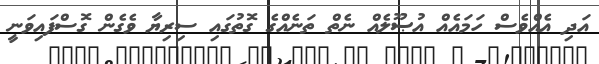
އަދި އެއްވެސް ހަމައެއް އުޞޫލެއް ނެތް ތަނެއްގެ ގޮތުގައި ސިރިޔާ ވެގެން ގޮސްފައިވަނީ